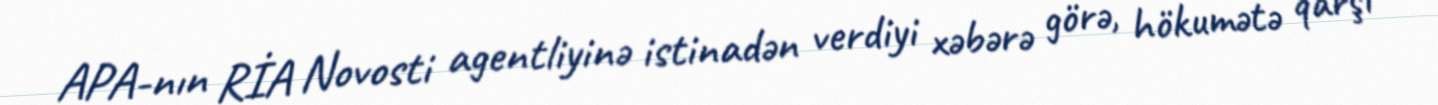
APA-nın RİA Novosti agentliyinə istinadən verdiyi xəbərə görə, hökumətə qarşı